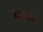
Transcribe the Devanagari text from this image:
दवदवा